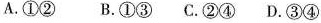
A.①② B.①③ C.②④ D.③④